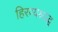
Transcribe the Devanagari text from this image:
हिरण्यश्राद्ध